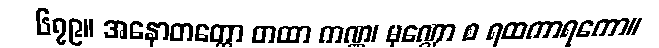
၆၇၉။ အနောတတ္တော တထာ ကဏ္ဏ၊ မုဏ္ဍော စ ရထကာရကော။